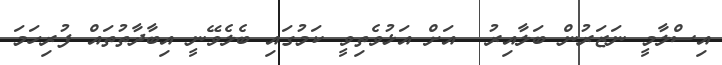
އިސްލާމީ ނަޒަރުން ބަލާއިރު  އަށް އަޅުވެތިވީ ކަމުގައި ބެލެވޭނީ އިބާދާތުތައް ފުރިހަމަ